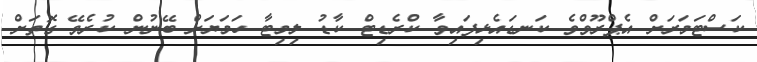
ކަސްޓަމަރަށް އެޕްރޫވްވެ ކަނޑައެޅިފައިވާ ކްރެޑިޓް ކާޑު ލިމިޓާ ހަމަޔަށް ބޭނުން ކުރެވޭ ގޮތަށް